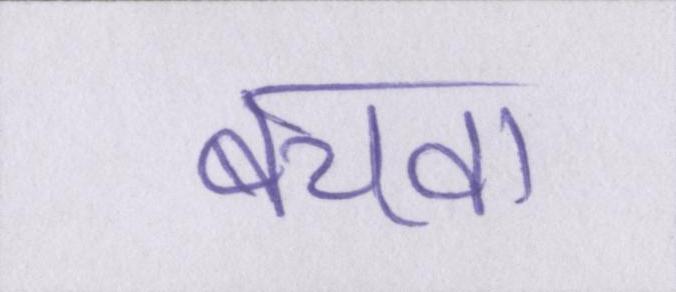
बचवा